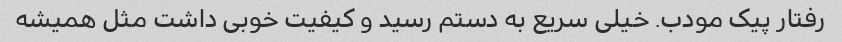
رفتار پیک مودب. خیلی سریع به دستم رسید و کیفیت خوبی داشت مثل همیشه